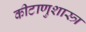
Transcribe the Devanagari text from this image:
कीटाणुशास्त्र